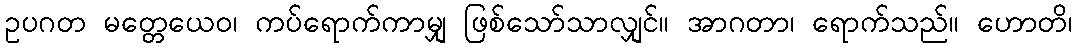
ဥပဂတ မတ္တေယေဝ၊ ကပ်ရောက်ကာမျှ ဖြစ်သော်သာလျှင်။ အာဂတာ၊ ရောက်သည်။ ဟောတိ၊